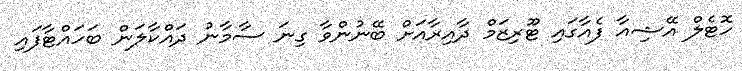
ހޮޓެލް އޭޝިއާ ފެއާގައި ޓޫރިޒަމް ދާއިރާއަށް ބޭނުންވާ ގިނަ ސާމާނު ދައްކާލަން ބަހައްޓާފައި